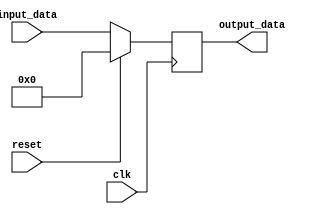
module voltage_level_shifter(
    input wire clk,
    input wire reset,
    input wire [7:0] input_data,
    output reg [7:0] output_data
);

// Define voltage level shifting logic here

always @(posedge clk) begin
    if (reset) begin
        output_data <= 8'b0;
    end else begin
        // Add your voltage level shifting logic here
        output_data <= input_data;
    end
end

endmodule